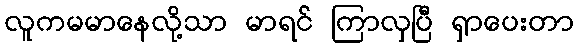
လူကမမာနေလို့သာ မာရင် ကြာလှပြီ ရှာပေးတာ